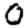
Digit: 0